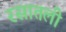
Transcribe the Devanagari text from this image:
रसातली